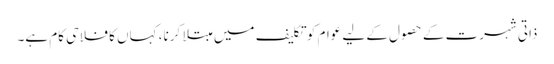
ذاتی شہرت کے حصول کے لیے عوام کو تکلیف میں مبتلا کرنا، کہاں کا فلاحی کام ہے۔